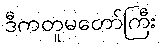
ဒီကတူမတော်ကြီး